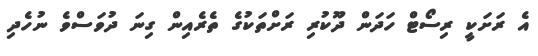
އެ ރަށަކީ ރިސޯޓް ހަދަން ދޫކުރި ރަށްތަކުގެ ތެރެއިން ގިނަ ދުވަސްވެ ނުހެދި